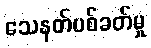
သေနတ်ပစ်ခတ်မှု